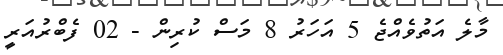
މާލެ އަތުވެއްޖެ 5 އަހަރު 8 މަސް ކުރިން - 02 ފެބްރުއަރީ